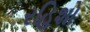
રહિશો